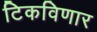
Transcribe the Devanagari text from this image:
टिकविणार